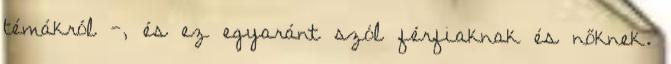
témákról -, és ez egyaránt szól férfiaknak és nőknek.